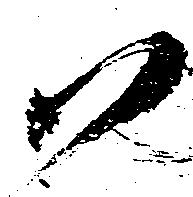
尉